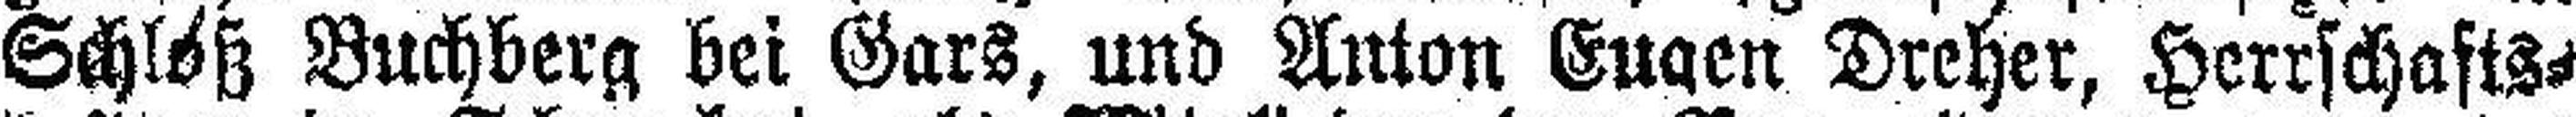
Schlöß Buchberg bei Gars, und Anton Eugen Dreher, Herrschafts¬